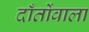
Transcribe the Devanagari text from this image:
दाँतोंवाला